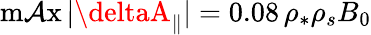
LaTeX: \operatorname*{m\mathcal{A}x}|\deltaA_{\parallel}|=0.08\, \rho_{*}\rho_{s}B_{0}